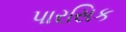
પારસિક